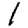
Digit: 1